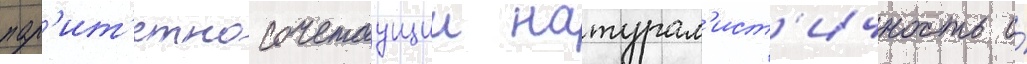
пар'ит'етно сочетаущии натурал'ист'ичность и́